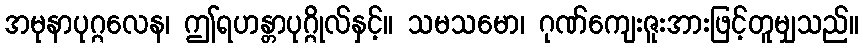
အမုနာပုဂ္ဂလေန၊ ဤရဟန္တာပုဂ္ဂိုလ်နှင့်။ သမသမော၊ ဂုဏ်ကျေးဇူးအားဖြင့်တူမျှသည်။